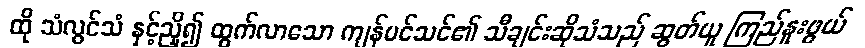
ထို သံလွင်သံ နှင့်ညှိ၍ ထွက်လာသော ကျန်ပင်သင်၏ သီချင်းဆိုသံသည် ဆွတ်ယူ ကြည်နူးဖွယ်